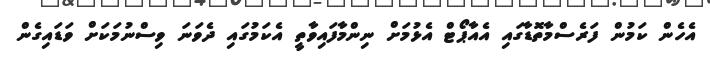
އެހެން ކަމުން ފަރެސްމާތޮޑާގައި އެއާޕޯޓް އެޅުމަށް ނިންމާފައިވާތީ އެކަމުގައި ދެވަނަ ވިސްނުމަކަށް ވަޑައިގެން